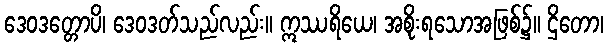
ဒေဝဒတ္တောပိ၊ ဒေဝဒတ်သည်လည်း။ ဣဿရိယေ၊ အစိုးရသောအဖြစ်၌။ ဌိတော၊